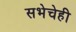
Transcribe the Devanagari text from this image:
सभेचेही